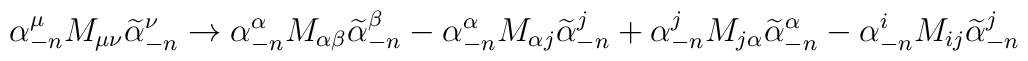
\alpha^\mu_{-n} M_{\mu\nu}\widetilde\alpha^\nu_{-n}\rightarrow\alpha^\alpha_{-n} M_{\alpha\beta}\widetilde\alpha^\beta_{-n}-\alpha^\alpha_{-n} M_{\alpha j}\widetilde\alpha^j_{-n}+\alpha^j_{-n} M_{j\alpha }\widetilde\alpha^\alpha_{-n}-\alpha^i_{-n} M_{ij}\widetilde\alpha^j_{-n}